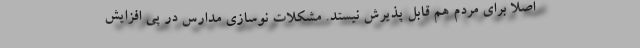
اصلا برای مردم هم قابل پذیرش نیستد. مشکلات نوسازی مدارس در پی افزایش